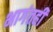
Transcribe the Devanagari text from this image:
भागंतही